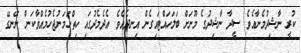
ކުރީ ނާޝިދުމެނާއެވެ. ސީދާ ނާޝިދުގެ މޫނަށް ބަލަހައްޓައިގެން އިނދެއެވެ. އެދެމެދުގައި ހިތްހަމަނުޖެހުމެއްވާކަން ނޭނގޭ